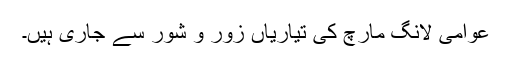
عوامی لانگ مارچ کی تیاریاں زور و شور سے جاری ہیں۔